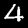
Digit: 4